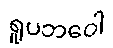
ရူပဘဝေါ